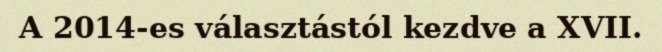
A 2014-es választástól kezdve a XVII.